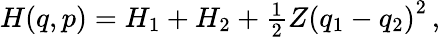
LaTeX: \begin{array}{r}{H(q,p)=H_{1}+H_{2}+\frac{1}{2}Z\left(q_{1}-q_{2}\right)^{2}\, ,}\end{array}